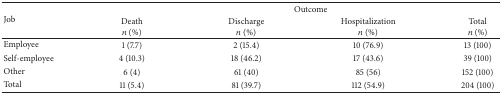
| <ROWSPAN=2> Job | <COLSPAN=4> Outcome |
 | Deathn (%) | Dischargen (%) | Hospitalizationn (%) | Totaln (%) |
 | --- | --- | --- | --- | --- |
 | Employee | 1 (7.7) | 2 (15.4) | 10 (76.9) | 13 (100) |
 | Self-employee | 4 (10.3) | 18 (46.2) | 17 (43.6) | 39 (100) |
 | Other | 6 (4) | 61 (40) | 85 (56) | 152 (100) |
 | Total | 11 (5.4) | 81 (39.7) | 112 (54.9) | 204 (100) |